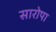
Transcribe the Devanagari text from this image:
सारोपा